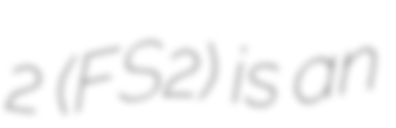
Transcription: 2 (FS2) is an